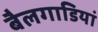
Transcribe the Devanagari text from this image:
बैलगाडियां